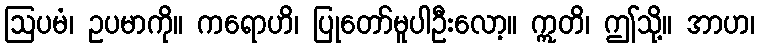
ဩပမံ၊ ဥပမာကို။ ကရောဟိ၊ ပြုတော်မူပါဦးလော့။ ဣတိ၊ ဤသို့။ အာဟ၊